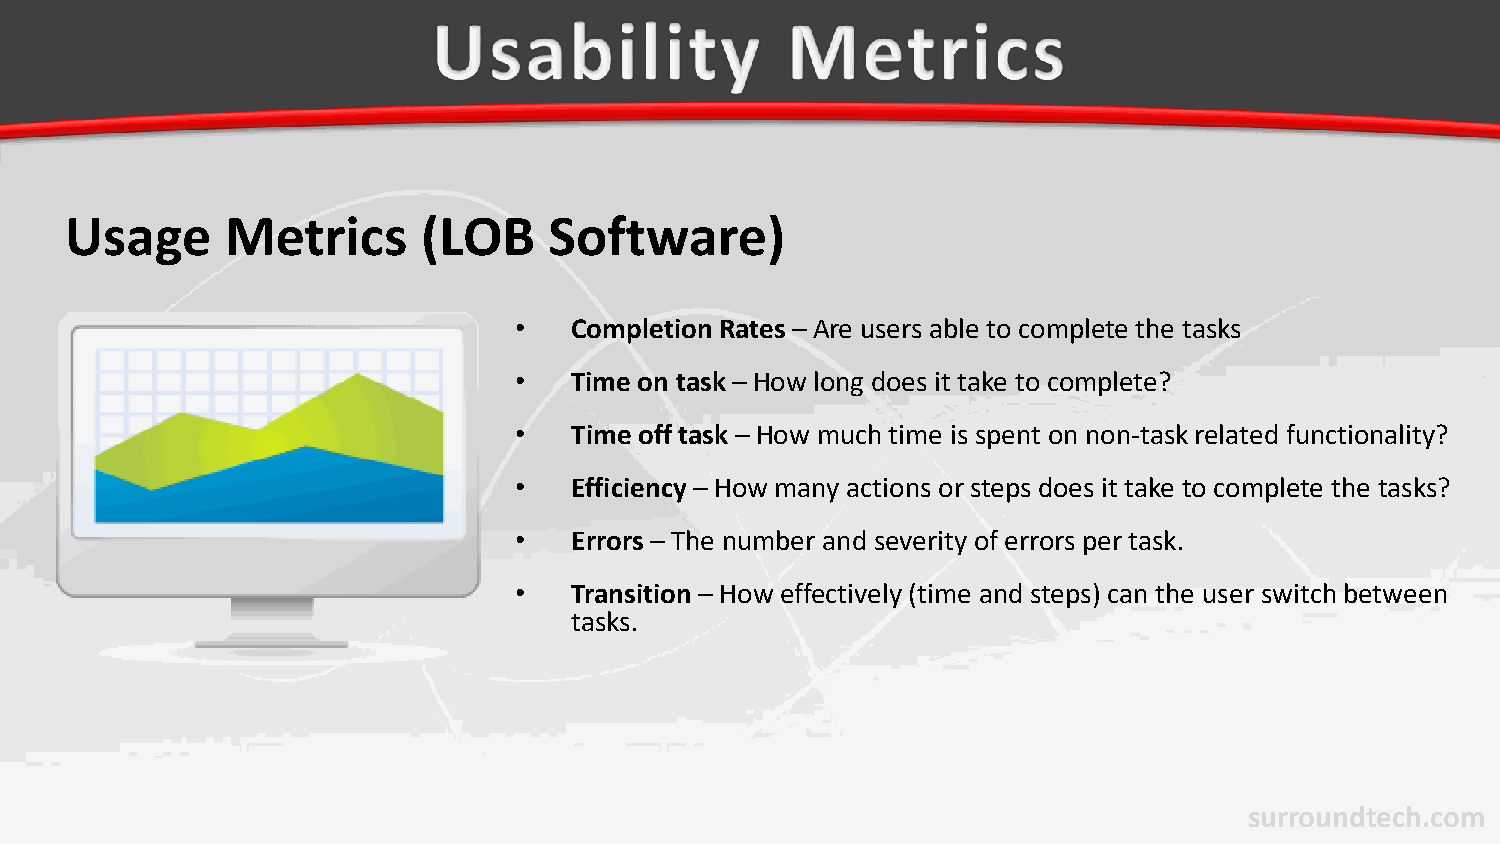
Usage      Metrics      (LOB    Software)
 •   Completion Rates – Are users able to complete the tasks
 •   Time on task – How long does it take to complete?
 •   Time off task – How much time is spent on non-task related functionality?
 •   Efficiency – How many actions or steps does it take to complete the tasks?
 •   Errors– The number and severity of errors per task.
 •   Transition– How effectively (time and steps) can the user switch between
 tasks.
 surroundtech.com